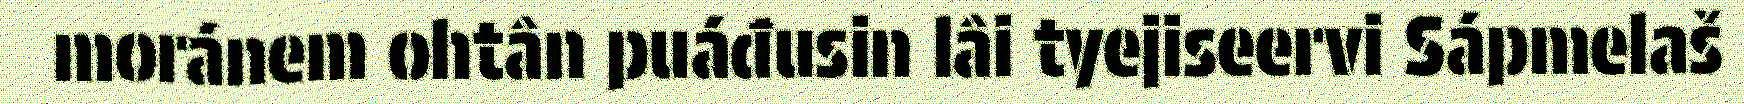
moránem ohtân puáđusin lâi tyejiseervi Sápmelaš